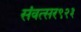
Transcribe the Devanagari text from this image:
संवत्सर९२३